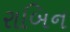
રાબિન